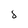
Character: 8